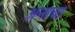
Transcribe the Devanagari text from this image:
अनाचा